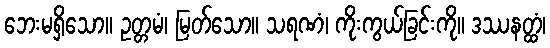
ဘေးမရှိသော။ ဥတ္တမံ၊ မြတ်သော။ သရဏံ၊ ကိုးကွယ်ခြင်းကို။ ဒဿနတ္ထံ၊